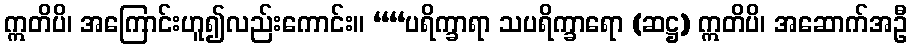
ဣတိပိ၊ အကြောင်းဟူ၍လည်းကောင်း။ ““ပရိက္ခာရာ သပရိက္ခာရော (ဆဋ္ဌ) ဣတိပိ၊ အဆောက်အဦ